Problem: 47 + 44 = ?
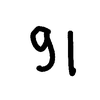
Handwritten answer: 91